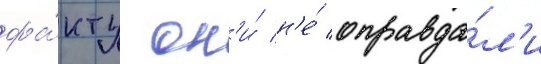
фа́кту он'и́ н'е́ оправда́л'и